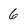
Character: 6